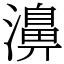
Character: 濞